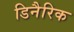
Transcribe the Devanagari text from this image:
डिनैरिक